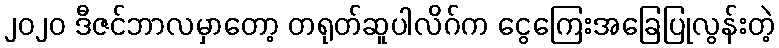
၂၀၂၀ ဒီဇင်ဘာလမှာတော့ တရုတ်ဆူပါလိဂ်က ငွေကြေးအခြေပြုလွန်းတဲ့